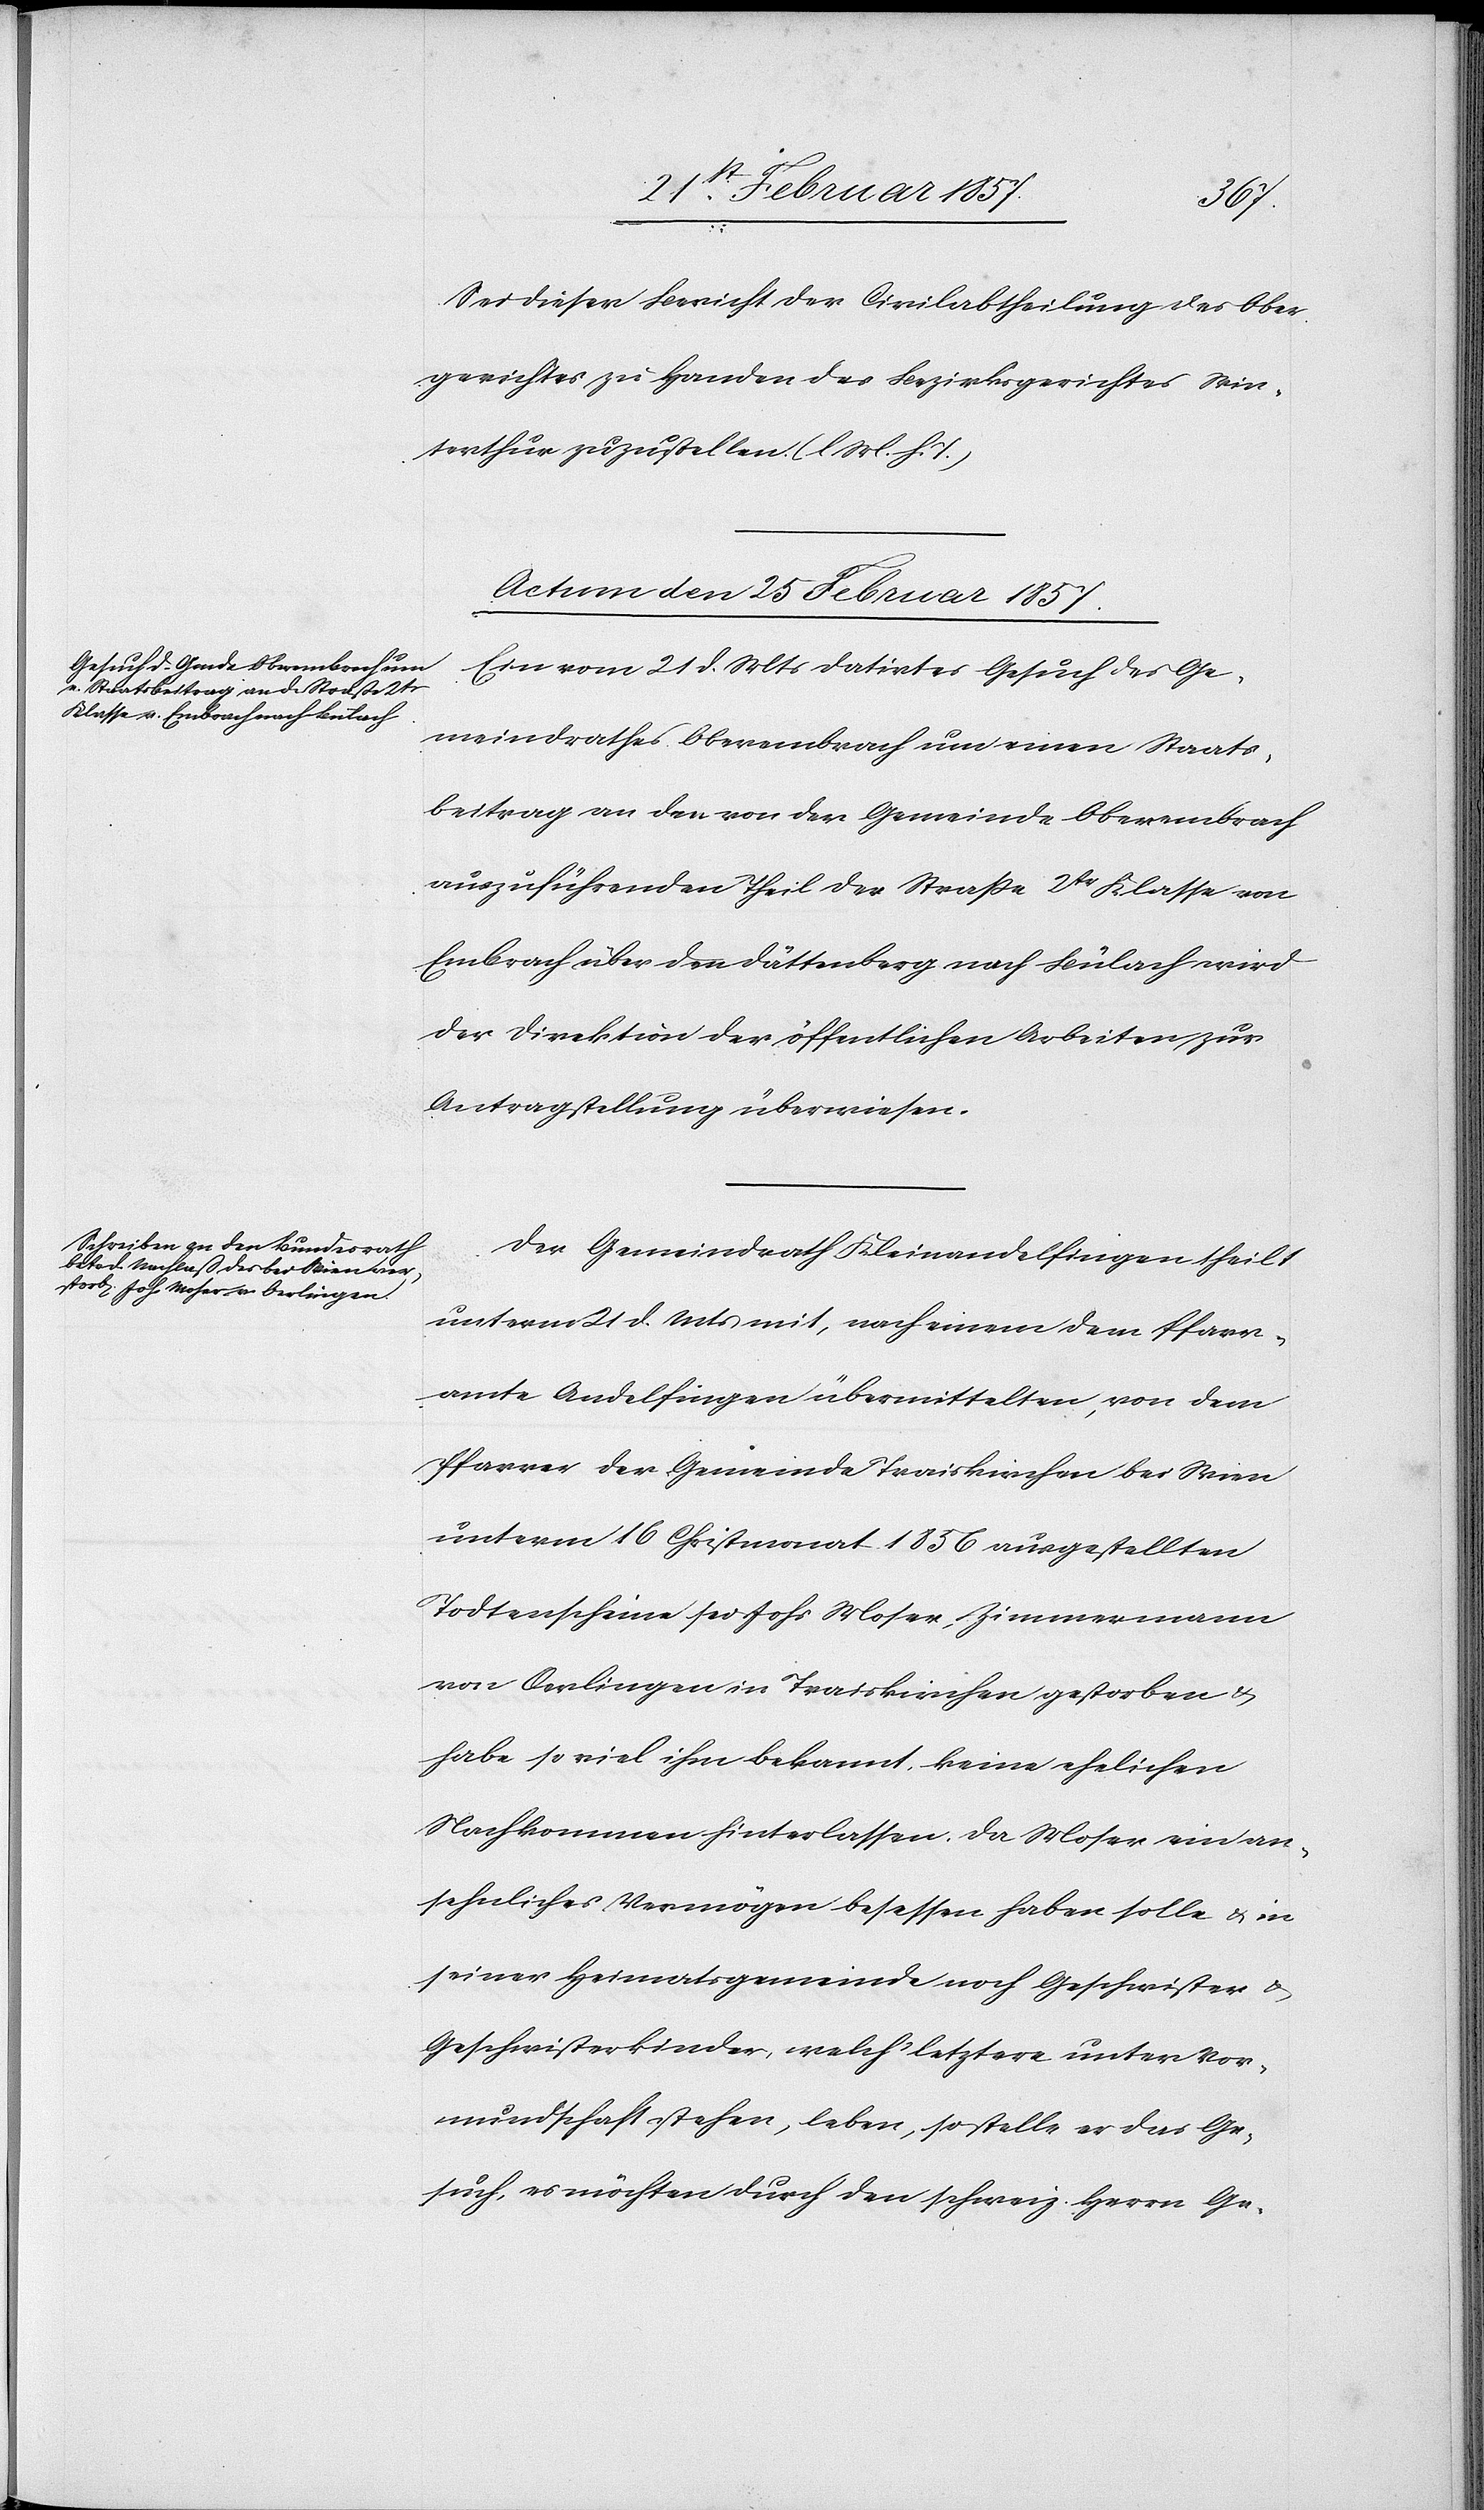
Sei dieser Bericht der Civilabtheilung des Ober¬
gerichtes zu Handen des Bezirksgerichtes Win¬
terthur zuzustellen (l. M. h. T.)
Actum den 25 Februar 1857.]
Ein vom 21 d. Mts datirtes Gesuch des Ge¬
meindrathes Oberembrach um einen Staats¬
beitrag an den von der Gemeinde Oberembrach
auszuführenden Theil der Straße 2tr Klasse von
Embrach über den Dättenberg nach Bülach wird
der Direktion der öffentlichen Arbeiten zur
Antragstellung überwiesen.
Der Gemeindrath Kleinandelfingen theilt
unterm 21 d. Mts mit, nach einem dem Pfarr¬
amte Andelfingen übermittelten, von dem
Pfarrer der Gemeinde Traiskirchen bei Wien
unterm 16 Christmonat 1856 ausgestellten
Todtenscheine sei Johs Moser, Zimmermann
von Oerlingen in Traiskirchen gestorben u.
habe so viel ihm bekannt, keine ehelichen
Nachkommen hinterlassen. Da Moser ein an¬
sehnliches Vermögen besessen haben solle u. in
seiner Heimatsgemeinde noch Geschwister u.
Geschwisterkinder, welch‘ letztere unter Vor¬
mundschaft stehen, leben, so stelle er das Ge¬
such, es möchten durch den schweiz. Herrn Ge-